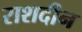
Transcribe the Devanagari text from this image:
राशदीन